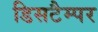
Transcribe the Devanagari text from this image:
डिसटैम्पर